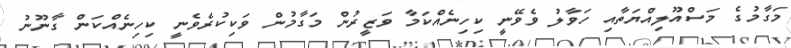
މަގާމުގެ މަސްއޫލިއްޔަތާއި ހަވާލު ވެވޭނީ ކިހިނެއްކަމާ ވަޒީރުން މަގާމުން ވަކިކުރެވެނީ ކިހިނެއްކަން ގާނޫނު